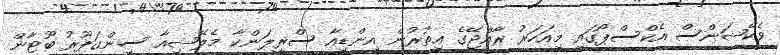
ވެކޭޝަންސް އެކްސްޕޯގައި މިއަހަރު ރާއްޖޭގެ އިތުރުން އިންޑިއާ ސްރީލަންކާ މެލޭޝިއާ ސިންގަޕޫރު ބޫޓާން